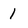
Character: 1